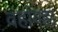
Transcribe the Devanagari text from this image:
वहांवहां